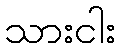
သားငါး